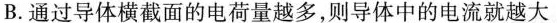
B.通过导体横截面的电荷量越多，则导体中的电流就越大